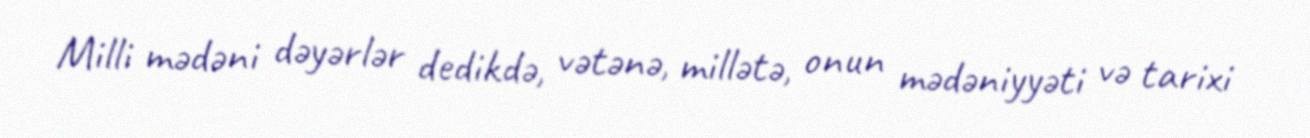
Milli mədəni dəyərlər dedikdə, vətənə, millətə, onun mədəniyyəti və tarixi